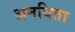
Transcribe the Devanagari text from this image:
अनविता